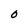
Character: O